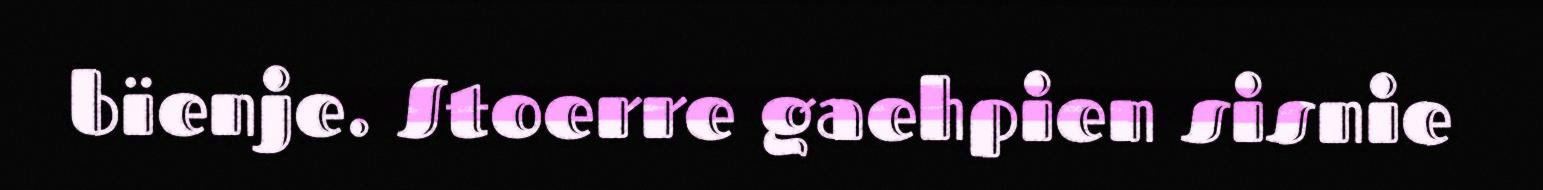
bïenje. Stoerre gaehpien sisnie